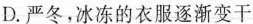
D.严冬，冰冻的衣服逐渐变干